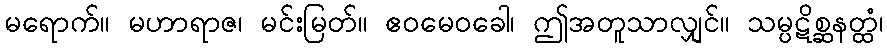
မရောက်။ မဟာရာဇ၊ မင်းမြတ်။ ဧဝမေဝခေါ၊ ဤအတူသာလျှင်။ သမ္ပဋိစ္ဆနတ္ထံ၊